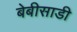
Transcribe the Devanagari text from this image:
बेबीसाडी